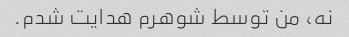
نه، من توسط شوهرم هدایت شدم.